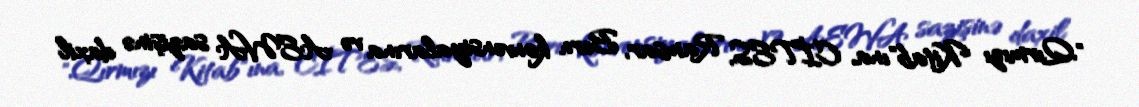
"Qırmızı Kitab"ına, CİTES, Ramsar, Bern konvensiyalarına və AEWA sazişinə daxil